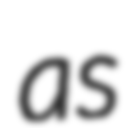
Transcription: as